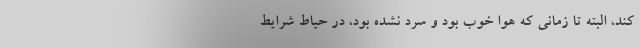
کند، البته تا زمانی که هوا خوب بود و سرد نشده بود، در حیاط شرایط